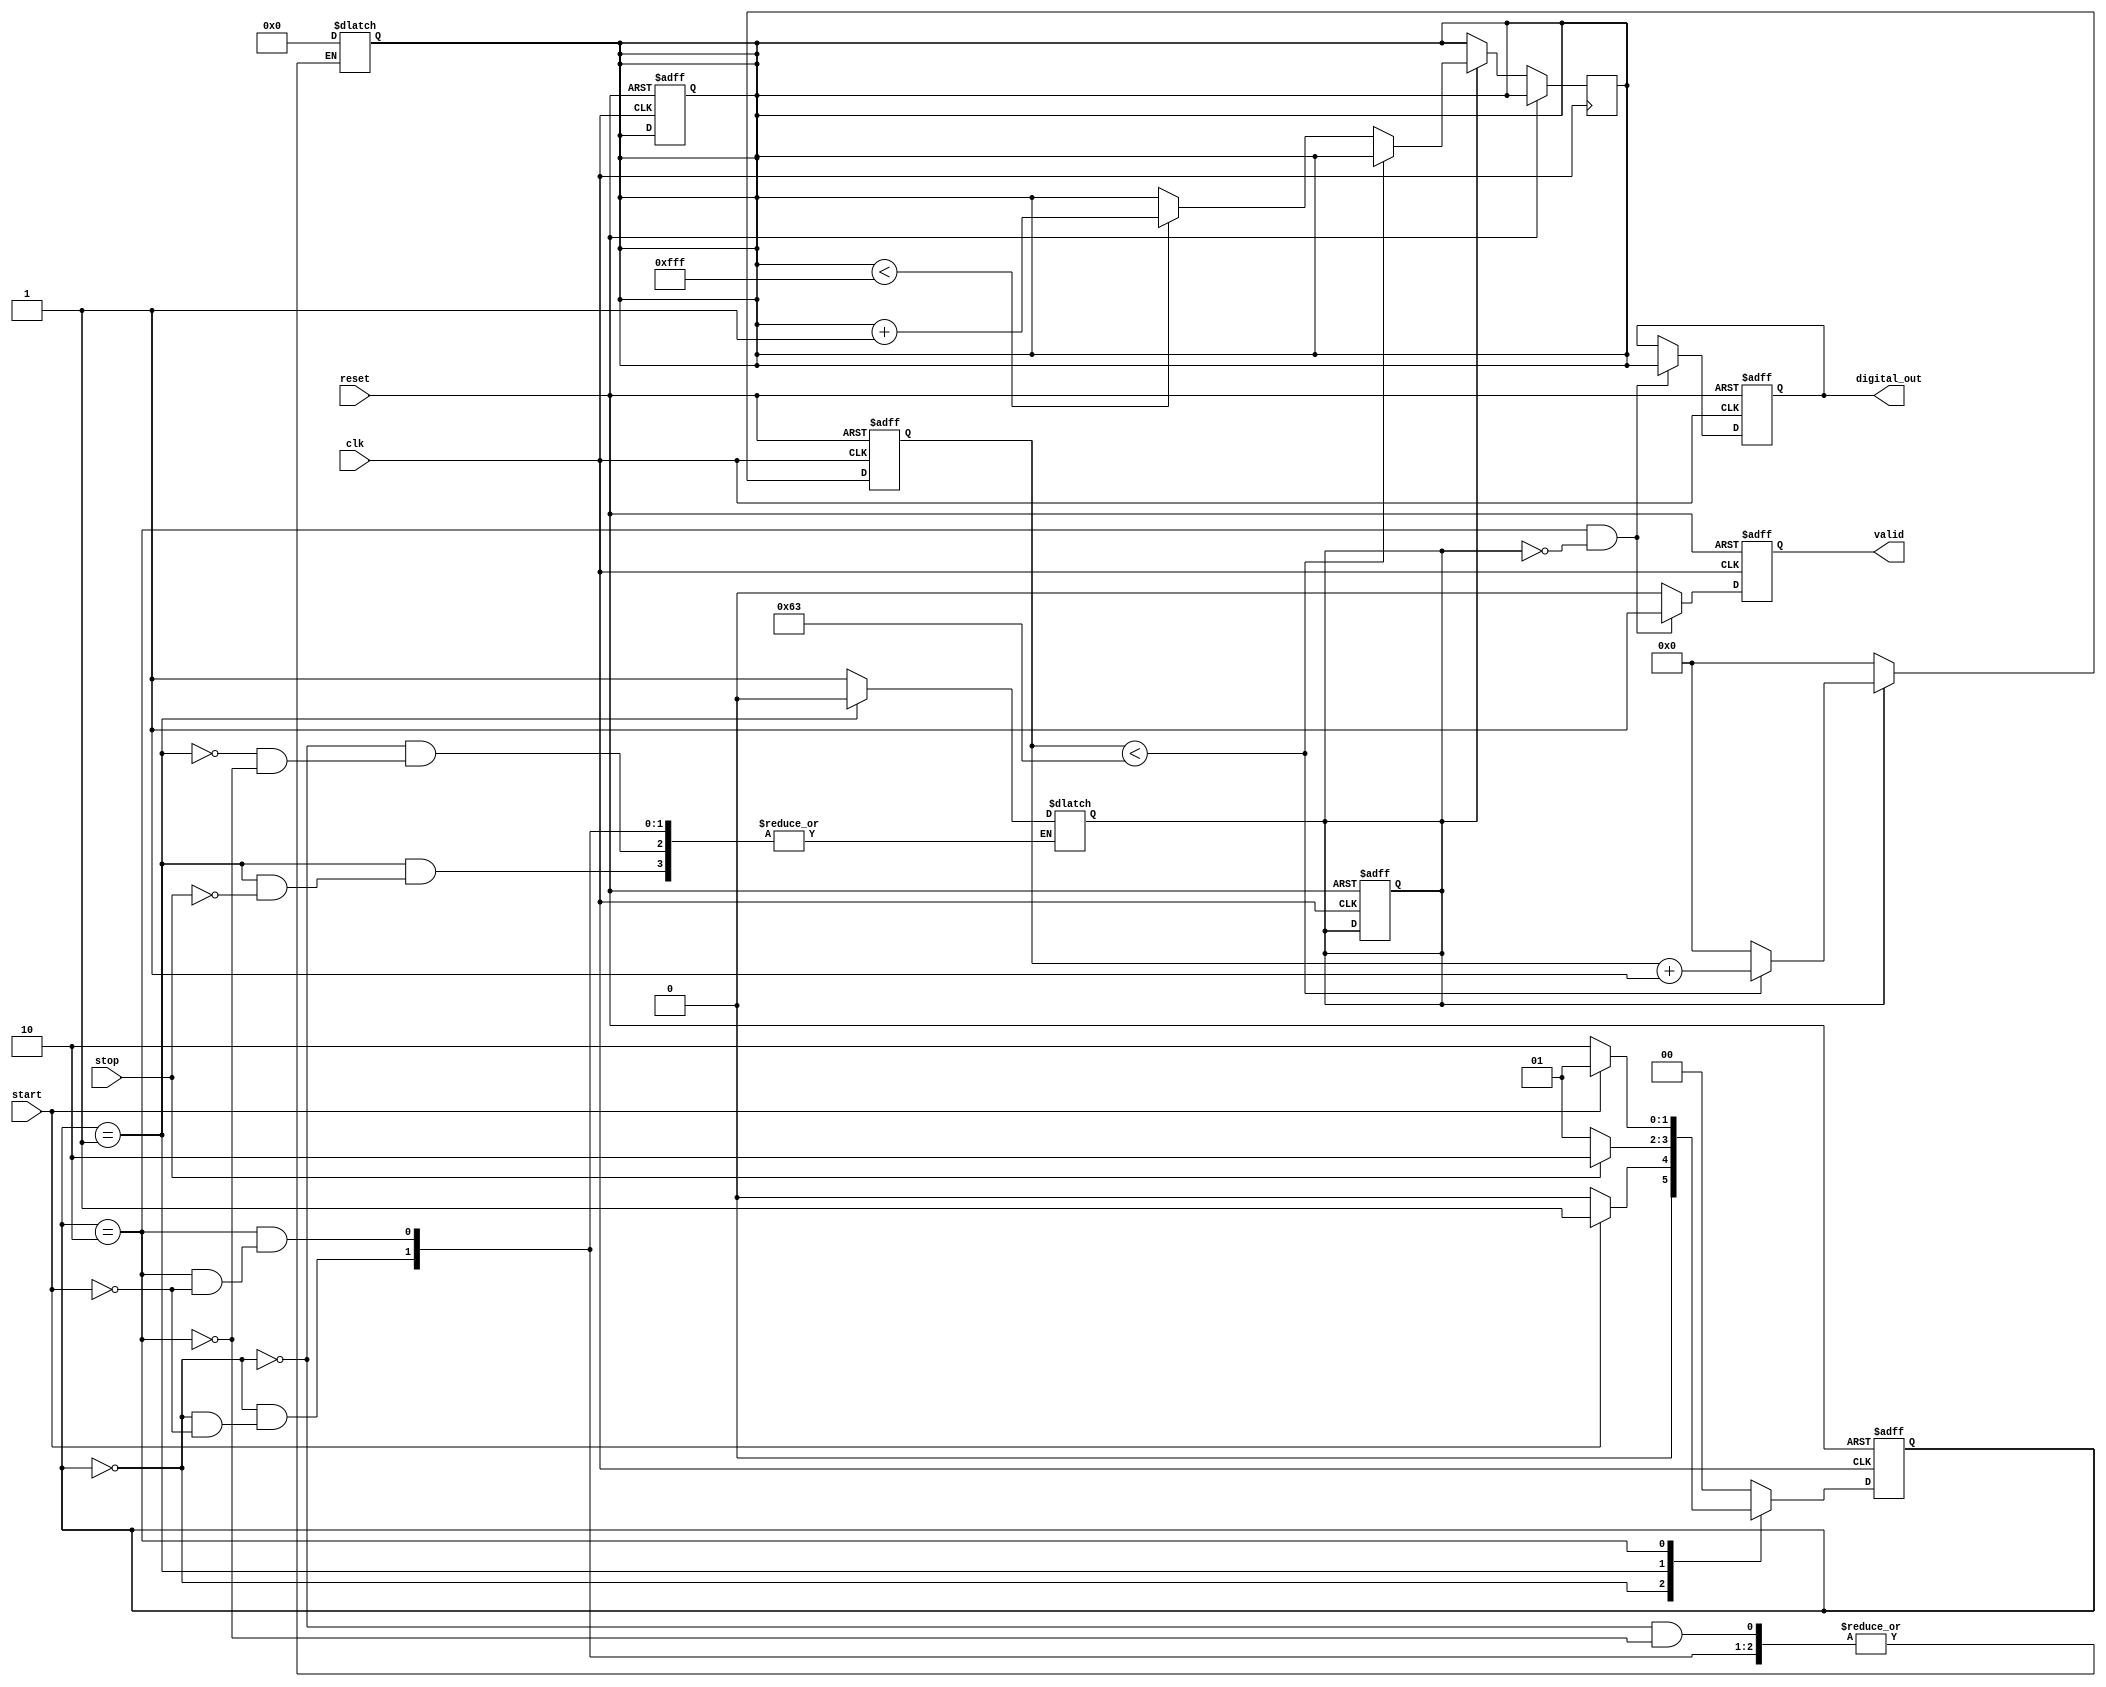
module TimeToDigitalConverter (
    input wire clk,               // System clock
    input wire reset,             // Asynchronous reset
    input wire start,             // Start signal
    input wire stop,              // Stop signal
    output reg [11:0] digital_out, // Digital output (12-bit)
    output reg valid              // Indicates valid measurement output
);
    // Parameters
    parameter RAMP_MAX = 12'd4095; // Max voltage level corresponding to max time interval
    parameter CLK_RATE = 32'd100;   // Clock rate to define ramp speed in voltage

    // Internal signals
    reg [11:0] ramp_voltage;         // Current ramp voltage
    reg ramping;                     // Indicates if ramping is in progress
    reg [31:0] clk_counter;          // Clock counter to control ramp speed

    // State machine for control logic
    localparam STATE_IDLE = 2'b00,
               STATE_RAMP = 2'b01,
               STATE_HOLD = 2'b10;

    reg [1:0] state, next_state;

    // Clock divider for ramping speed
    always @(posedge clk or posedge reset) begin
        if (reset) begin
            clk_counter <= 32'b0;
        end else if (ramping) begin
            if (clk_counter < CLK_RATE - 1) begin
                clk_counter <= clk_counter + 1;
            end else begin
                clk_counter <= 32'b0;
                if (ramp_voltage < RAMP_MAX) begin
                    ramp_voltage <= ramp_voltage + 1; // Increment ramp voltage
                end
            end
        end else begin
            clk_counter <= 32'b0; // Reset the counter if not ramping
        end
    end

    // State transition
    always @(posedge clk or posedge reset) begin
        if (reset) begin
            state <= STATE_IDLE;
            ramp_voltage <= 12'b0;
            valid <= 1'b0;
            ramping <= 1'b0;
            digital_out <= 12'b0;
        end else begin
            state <= next_state;
            if (state == STATE_HOLD && !ramping) begin
                digital_out <= ramp_voltage; // Capture the ramp value
                valid <= 1'b1; // Indicate valid output
            end else begin
                valid <= 1'b0; // Reset valid flag
            end
        end
    end

    // Next state logic
    always @(*) begin
        case (state)
            STATE_IDLE: begin
                if (start) begin
                    next_state = STATE_RAMP;
                    ramp_voltage = 12'b0; // Start ramping from zero
                    ramping = 1'b1; // Enable ramping
                end else begin
                    next_state = STATE_IDLE;
                end
            end
            STATE_RAMP: begin
                if (stop) begin
                    next_state = STATE_HOLD;
                    ramping = 1'b0; // Stop ramping
                end else begin
                    next_state = STATE_RAMP; // Continue ramping
                end
            end
            STATE_HOLD: begin
                if (start) begin
                    next_state = STATE_RAMP; // Restart on new start signal
                    ramp_voltage = 12'b0; // Reset ramp voltage
                    ramping = 1'b1; // Enable ramping
                end else begin
                    next_state = STATE_HOLD; // Remain in hold
                end
            end
            default: begin
                next_state = STATE_IDLE; // Fallback to idle
            end
        endcase
    end
endmodule